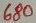
Text: 680